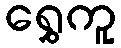
ရွှေကူ